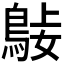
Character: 𪀺